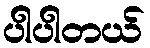
ပါပါတယ်